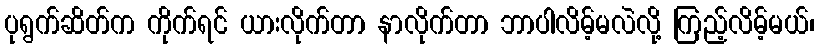
ပုရွက်ဆိတ်က ကိုက်ရင် ယားလိုက်တာ နာလိုက်တာ ဘာပါလိမ့်မလဲလို့ ကြည့်လိမ့်မယ်၊